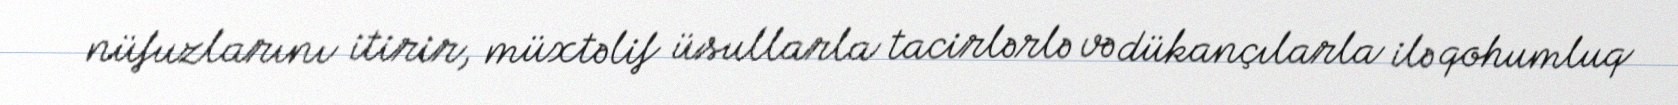
nüfuzlarını itirir, müxtəlif üsullarla tacirlərlə və dükançılarla ilə qohumluq